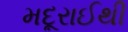
મદૂરાઈથી